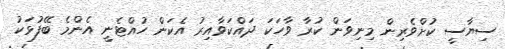
ސިޔާސީ ކުށްވެރިން މިނިވަން ކުރާ ވާހަކަ ދައްކަވާއިރު އެކަން ހުއްޓެނީ އެންމެ ބޭފުޅަކު